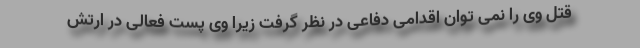
قتل وی را نمی توان اقدامی دفاعی در نظر گرفت زیرا وی پست فعالی در ارتش